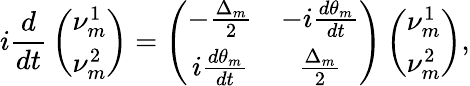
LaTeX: i{\frac{d}{dt}}\left(\begin{array}{c}{{\nu_{m}^{1}}}\\ {{\nu_{m}^{2}}}\end{array}\right)=\left(\begin{array}{cc}{{-{\frac{\Delta_{m}}{2}}}}&{{-i{\frac{d\theta_{m}}{dt}}}}\\ {{i{\frac{d\theta_{m}}{dt}}}}&{{{\frac{\Delta_{m}}{2}}}}\end{array}\right)\left(\begin{array}{c}{{\nu_{m}^{1}}}\\ {{\nu_{m}^{2}}}\end{array}\right),